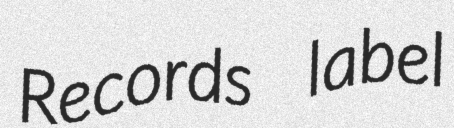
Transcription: Records label